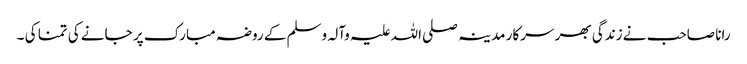
رانا صاحب نے زندگی بھر سرکار مدینہ صلی اللہ علیہ وآلہ وسلم کے روضہ مبارک پر جانے کی تمنا کی ۔